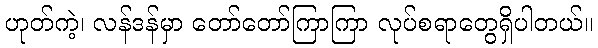
ဟုတ်ကဲ့၊ လန်ဒန်မှာ တော်တော်ကြာကြာ လုပ်စရာတွေရှိပါတယ်။